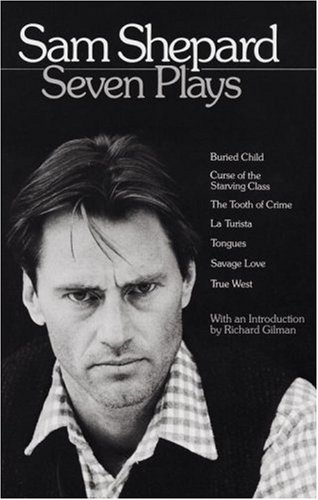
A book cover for Sam Shepard : Seven Plays (Buried Child, Curse of the Starving Class, The Tooth of Crime, La Turista, Tongues, Savage Love, True West); Sam Shepard; Literature & Fiction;